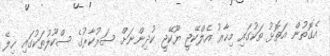
އެގޮތުން އަތޮޅު ތަކުގައި މިހާރު އެލްކޭޖީ ޔޫކޭޖީ ކުދިންނަށް ސަރުކާރުގެ ސްކޫލުތަކުގައި ހިލޭ